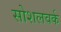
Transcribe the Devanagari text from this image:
सोशलवर्क